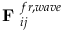
\textbf { F } _ { i j } ^ { f r , w a v e }